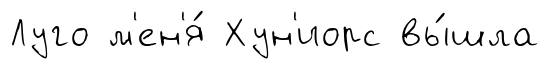
Луго м'ен'я́ Хун'иорс вы́шла